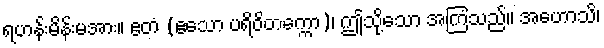
ရဟန်းမိန်းမအား။ ဧတံ (ဧသော ပရိဝိတက္ကော)၊ ဤသို့သော အကြံသည်။ အဟောသိ၊